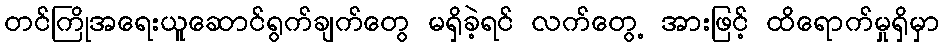
တင်ကြိုအရေးယူဆောင်ရွက်ချက်တွေ မရှိခဲ့ရင် လက်တွေ့ အားဖြင့် ထိရောက်မှုရှိမှာ